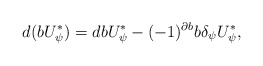
\begin{align*}d (b U^{\ast}_{\psi})= d b U^{\ast}_{\psi} - (-1)^{\partial b}b \delta_{\psi} U^{\ast}_{\psi},\end{align*}